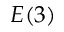
E ( 3 )